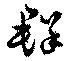
群